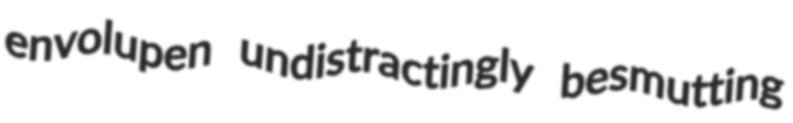
envolupen undistractingly besmutting